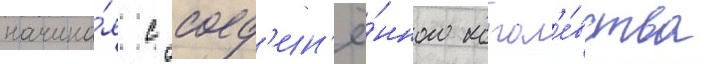
начина́я с соед'ин'ё́нного корол'е́вства